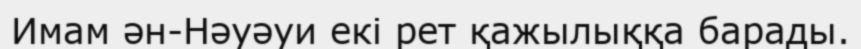
Имам ән-Нәуәуи екі рет қажылыққа барады.